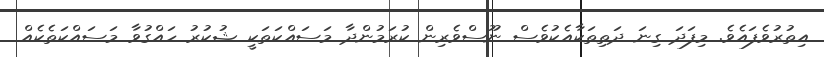
އިތުރުވެފައެވެ. މިފަދަ ގިނަ ދަތިތަކާއެކުވެސް ނޫސްވެރިން ކުރަމުންދާ މަސައްކަތަކީ ޝުކުރު ހައްގުވާ މަސައްކަތެކެއް